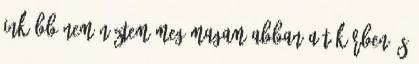
inkább nem néztem meg magam abban a tükörben és